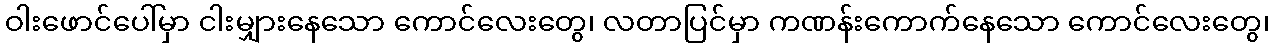
ဝါးဖောင်ပေါ်မှာ ငါးမျှားနေသော ကောင်လေးတွေ၊ လတာပြင်မှာ ကဏန်းကောက်နေသော ကောင်လေးတွေ၊